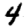
Digit: 4